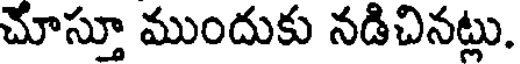
చూస్తూ ముందుకు నడిచినట్లు.